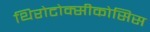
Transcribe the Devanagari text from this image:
थिरोटोक्सीकोसिस